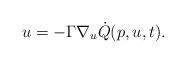
LaTeX: \begin{align*} u=-\Gamma\nabla_u{\dot{Q}(p,u,t)}.\end{align*}